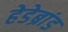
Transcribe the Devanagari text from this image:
हेडेब्रांड